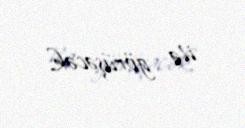
ilə görüşəcək.